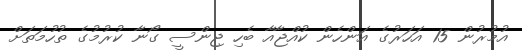
އުމުރުން 15 އަހަރުގެ އަންހެން ކުއްޖާއާ ބެހި ޖިންސީ ގޯނާ ކުރުމުގެ ތުހުމަތަށް